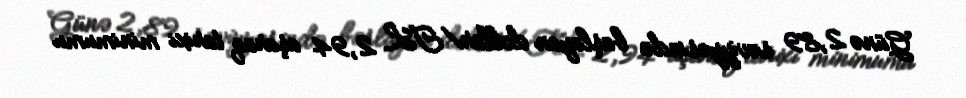
Günə 2,89 səviyyəsində başlayan dollar/TL 2,94 aşaraq tarixi minimumu